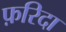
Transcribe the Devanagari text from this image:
फ़रिदा